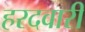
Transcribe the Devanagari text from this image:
हरदवारी